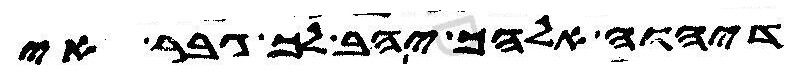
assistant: דיהוה אלהך יהב לך גבר אי